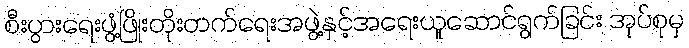
စီးပွားရေးဖွံ့ဖြိုးတိုးတက်ရေးအဖွဲ့နှင့်အရေးယူဆောင်ရွက်ခြင်း အုပ်စုမှ